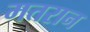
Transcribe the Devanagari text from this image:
मतरान